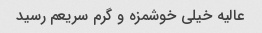
عالیه خیلی خوشمزه و گرم سریعم رسید